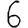
Digit: 6